Report on malaria in the Punjab during the year ...  together with an account of the work of the Punjab Malaria Bureau - Volume 6
Disease focus: Malaria
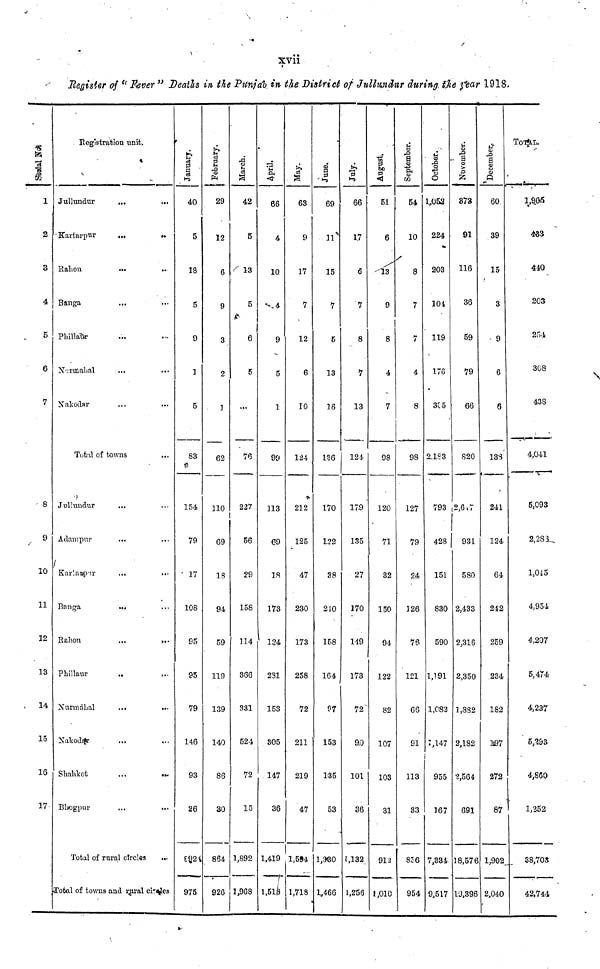
xvii
Register of " Fever " Deaths in the Punjab, in the District of Jullundur during the year 1918.
Serial No
1
2
3
4
5
6
7
8
9
10
11
12
13
14
15
16
17
Registration unit.
Jullundur
Kartarpur
Rahon
Banga
Phillaur
Narmahal
Nakodar
...
...
...
...
...
...
...
Total of towns
Jullundur
Adampur
Kartarpur
Banga
Rahon
Phillaur
Nurmahal
Nakodar
Shahkot
Bhogpur
...
...
...
...
...
...
...
...
...
...
Total of rural circles
...
...
...
...
...
...
...
...
...
...
...
...
...
...
...
...
...
...
Total of towns and rural circles
January.
40
5
18
5
9
1
5
83
154
79
17
108
95
95
79
146
93
26
892
975
February.
29
12
6
9
3
2
1
62
110
69
18
94
59
119
139
140
86
30
864
926
March.
42
5
13
5
6
5
...
76
227
56
29
158
114
366
331
524
72
15
1,892
1,968
April.
66
4
10
4
9
5
1
99
113
69
18
173
124
281
153
305
147
36
1,419
1,513
May.
63
9
17
7
12
6
10
124
212
125
47
230
173
258
72
211
219
47
1,594
1,718
June.
1
69
1.1
15
7
5
13
16
136
170
122
38
210
158
164
97
153
135
53
1,330
1,466
July.
66
17
6
7
8
7
13
124
17.9
135
27
170
149
173
72
9.0
101
36
1,132
1,256
!
51
6
13
9
8
4
7
98
120
71
32
150
94
122
82
107
103
31
912
1,010
September.
54
10
8
7
7
4
8
98
127
79
24
126
76
121
66
91
113
33
856
954
October.
1,052
224
203
104
119
176
305
2,183
793
428
151
830
590
1,191
1,082
1,147
955
167
7,334
9,517
November.
373
91
116
36
59
79
66
820
2,617
931
580
2,433
2,316
2,350
1,882
2,182
2,564
691
18,576
19,396
December.
60
39
15
3
9
6
6
138
241
124
64
242
259
234
182
197
272
87
1,902
2,040
TOTAL.
1,965
433
440
203
254
308
438
4,041
5,093
2,288
1,045
4,954
4,207
5,474
4,237
5,293
4,860
1,252
38,703
42,744